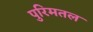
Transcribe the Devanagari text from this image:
पुरिमतल